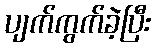
ပျက်ကွက်ခဲ့ပြီး